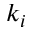
k _ { i }